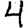
Digit: 4